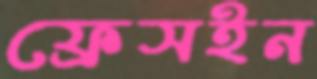
ফ্রেসইন